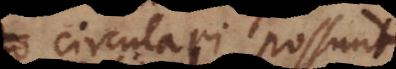
circulari possunt